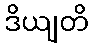
ဒိယျတိ